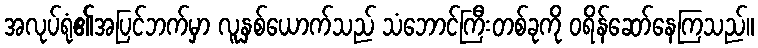
အလုပ်ရုံ၏အပြင်ဘက်မှာ လူနှစ်ယောက်သည် သံဘောင်ကြီးတစ်ခုကို ဝရိန်ဆော်နေကြသည်။